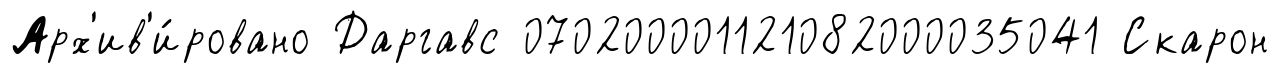
Арх'ив'и́ровано Даргавс 070200001121082000035041 Скарон